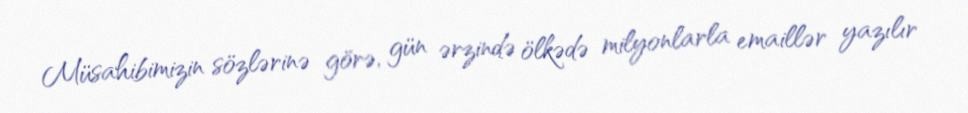
Müsahibimizin sözlərinə görə, gün ərzində ölkədə milyonlarla emaillər yazılır